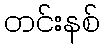
တင်းနစ်